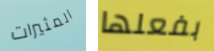
المثيرات بفعلها